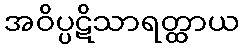
အဝိပ္ပဋိသာရတ္ထာယ